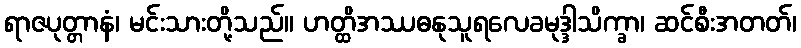
ရာဇပုတ္တာနံ၊ မင်းသားတို့သည်။ ဟတ္ထိအဿဓနုသူရလေခမုဒ္ဒါသိက္ခာ၊ ဆင်စီးအတတ်၊